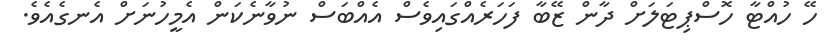
ހޭ ހުއްޓާ ހޮސްޕިޓަލަށް ދާން ޒޭބާ ފަހަރެއްގައިވެސް އެއްބަސް ނުވާނެކަން އެމީހުނަށް އެނގެއެވެ.